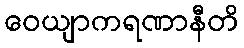
ဝေယျာကရဏာနီတိ